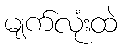
မျက်လုံးထဲ